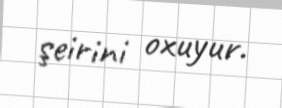
şeirini oxuyur.